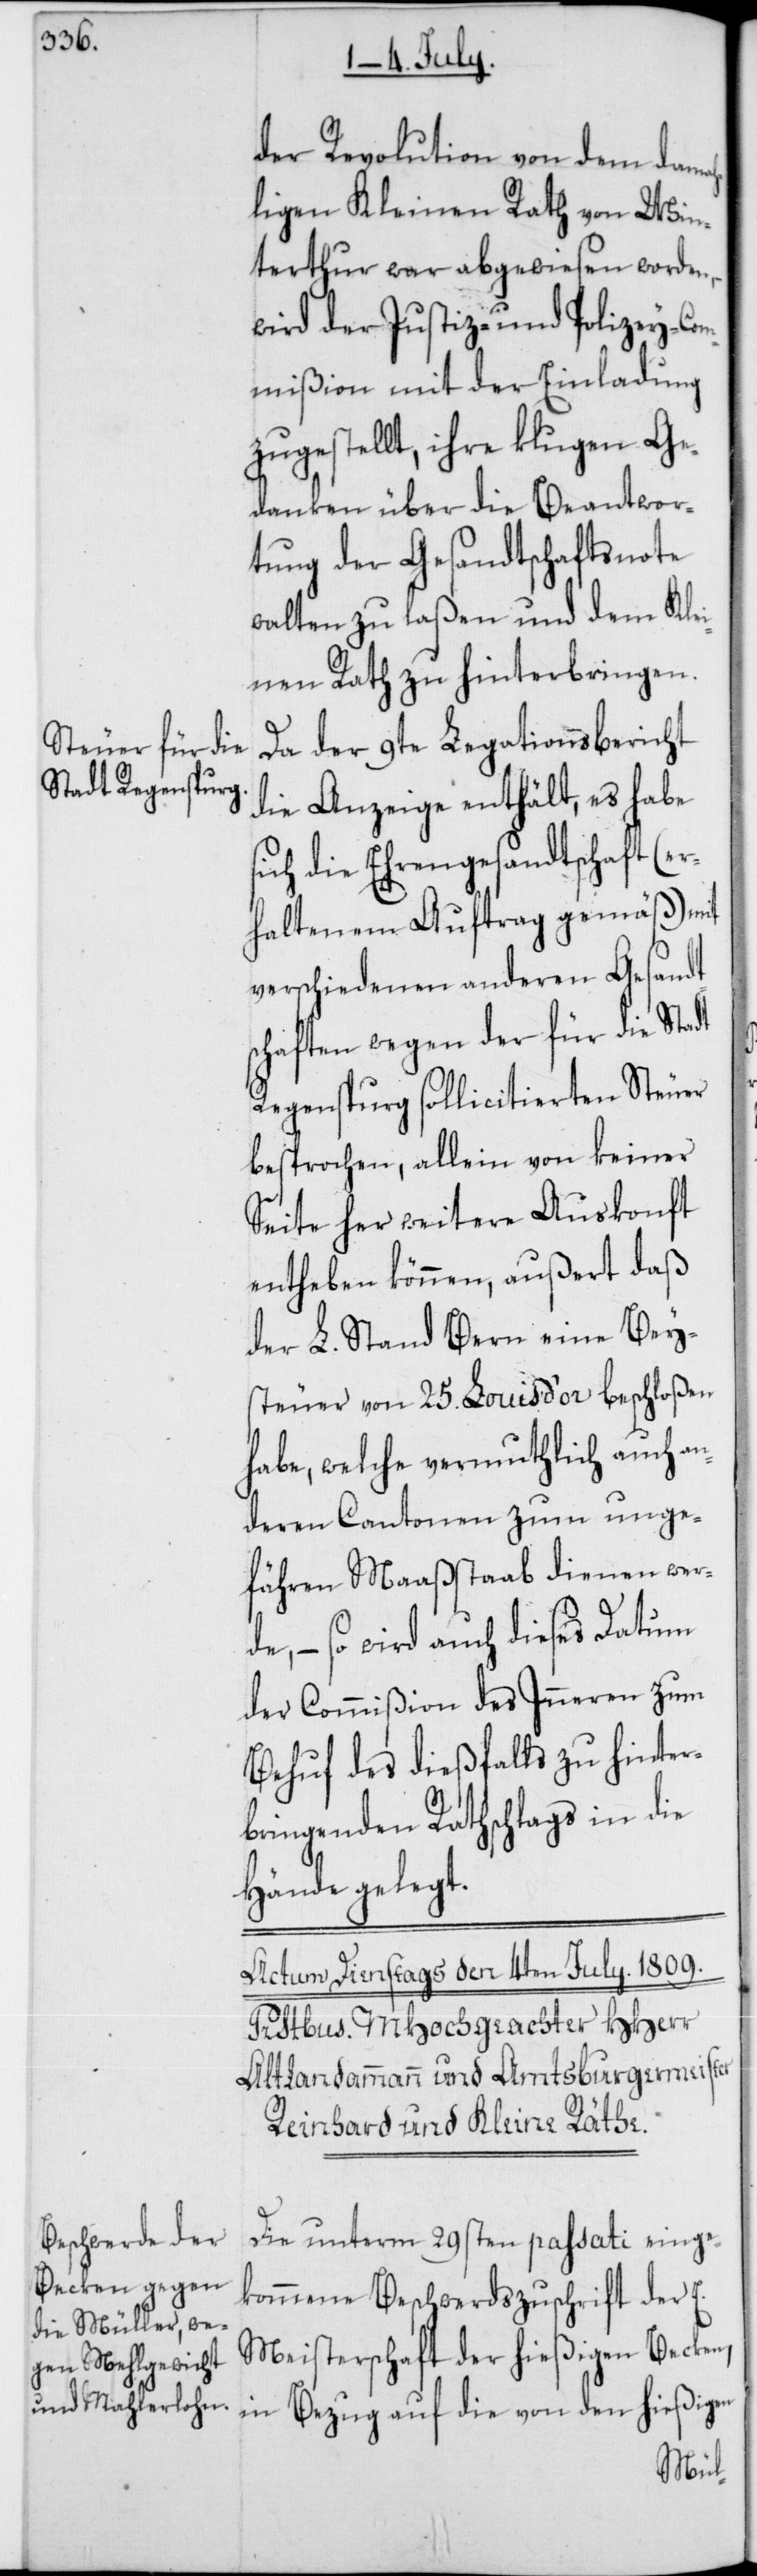
der Revolution von dem damah¬
ligen Kleinen Rath von Win¬
terthur war abgewiesen worden,
wird der Justiz- und Polizey-Com¬
mißion mit der Einladung
zugestellt, ihre klugen Ge¬
danken über die Beantwor¬
tung der Gesandtschaftsnote
walten zu laßen und dem Kle¬
inen Rath zu hinterbringen.
Da der 9te Legationsbericht
die Anzeige enthält, es habe
sich die Ehrengesandtschaft (er¬
haltenem Auftrag gemäß) mit
verschiedenen anderen Gesandt¬
schaften wegen der für die Stadt
Regenspurg sollicitierten Steuer
besprochen, allein von keiner
Seite her weitere Auskonft
entheben können, außert daß
der L. Stand Bern eine Bey¬
steuer von 25 Louis d’or beschloßen
habe, welche vermuthlich auch an¬
deren Cantonen zum unge¬
fähren Maaßstab dienen wer¬
de, – so wird auch dieses Datum
der Commißion des Inneren zum
Behuf des dießfalls zu hinter¬
bringenden Rathschlags in die
Hände gelegt.
Die unterm 29sten passati einge¬
kommene Beschwerdszuschrift der E.
Meisterschaft der hießigen Becken,